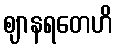
ဈာနရတေဟိ